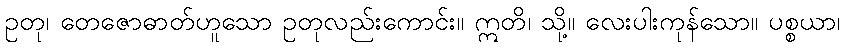
ဥတု၊ တေဇောဓာတ်ဟူသော ဥတုလည်းကောင်း။ ဣတိ၊ သို့။ လေးပါးကုန်သော။ ပစ္စယာ၊